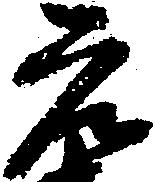
元